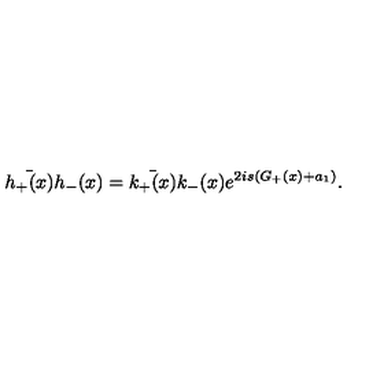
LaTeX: \bar { h _ { + } ( x ) } h _ { - } ( x ) = \bar { k _ { + } ( x ) } k _ { - } ( x ) e ^ { 2 i s ( G _ { + } ( x ) + a _ { 1 } ) } .